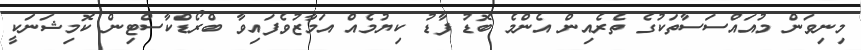
މިނިވަން މުއައްސަސާތަކުގެ ތެރެއިން އެންމެ ބޮޑު ފާޑު ކިޔުމެއް އަމާޒުވެފައިވާ ބްރޯޑްކާސްޓިން ކޮމިޝަނަކީ